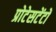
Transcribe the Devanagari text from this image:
प्रोटेसटेंटों